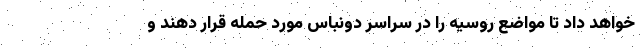
خواهد داد تا مواضع روسیه را در سراسر دونباس مورد حمله قرار دهند و